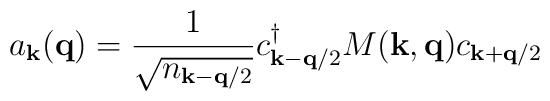
a_{ {\bf{k}} }({\bf{q}}) = \frac{1}{\sqrt{n_{ {\bf{k}} - {\bf{q}}/2 }}}c^{\dagger}_{ {\bf{k}} - {\bf{q}}/2 }M({\bf{k}}, {\bf{q}})c_{ {\bf{k}} + {\bf{q}}/2 }